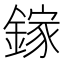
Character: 鎵